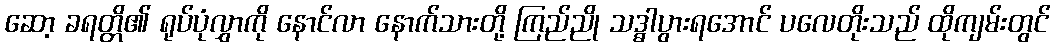
ဆော့ ခရတ္တိ၏ ရုပ်ပုံလွှာကို နောင်လာ နောက်သားတို့ ကြည်ညို သဒ္ဓါပွားရအောင် ပလေတိုးသည် ထိုကျမ်းတွင်